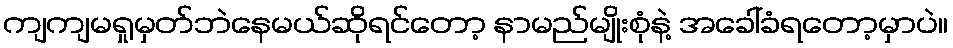
ကျကျမရှုမှတ်ဘဲနေမယ်ဆိုရင်တော့ နာမည်မျိုးစုံနဲ့ အခေါ်ခံရတော့မှာပဲ။